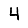
Digit: 4